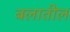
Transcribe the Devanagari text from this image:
बलातील